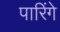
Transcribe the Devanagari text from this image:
पारिंगे